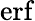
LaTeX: \operatorname{erf}